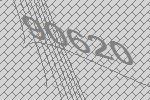
90620